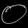
Digit: ၀